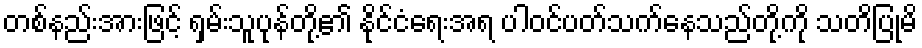
တစ်နည်းအားဖြင့် ရှမ်းသူပုန်တို့၏ နိုင်ငံရေးအရ ပါဝင်ပတ်သက်နေသည်တို့ကို သတိပြုမိ